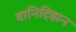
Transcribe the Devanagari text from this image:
वानिट्झिन